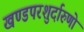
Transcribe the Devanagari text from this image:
खण्डपरशुर्दारुणो